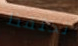
تحتفظ